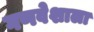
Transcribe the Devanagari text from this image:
गणवेशाला